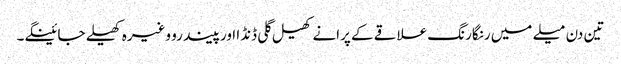
تین دن میلے میں رنگارنگ علاقے کے پرانے کھیل گلی ڈنڈا اورپیندرو وغیرہ کھیلے جائینگے۔